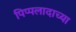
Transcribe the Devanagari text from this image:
पिप्पलादाच्या